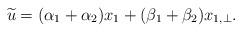
LaTeX: \begin{align*}\widetilde{u}= (\alpha_{1}+\alpha_{2}) x_{1} +(\beta_{1}+\beta_{2}) x_{1,\perp}.\end{align*}